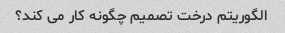
الگوریتم درخت تصمیم چگونه کار می کند؟